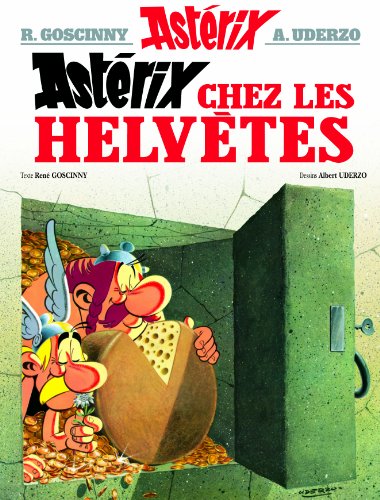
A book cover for AstÃ©rix - AstÃ©rix chez les hÃ©lvÃ¨tes - nÂ°16 (French Edition); Rene Goscinny; Teen & Young Adult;